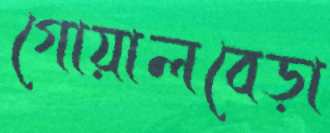
গোয়ালবেড়া